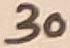
Text: 30